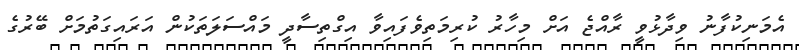
އެމަނިކުފާނު ވިދާޅުވީ ރާއްޖެ އަށް މިހާރު ކުރިމަތިވެފައިވާ އިގްތިސާދީ މައްސަލަތަކުން އަރައިގަތުމަށް ބޭރުގެ